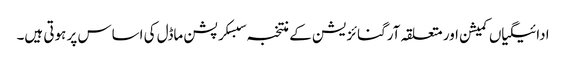
ادائیگیاں کمیشن اور متعلقہ آرگنائزیشن کے منتخبہ سبسکرپشن ماڈل کی اساس پر ہوتی ہیں۔